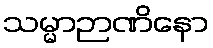
သမ္မာဉာဏိနော